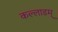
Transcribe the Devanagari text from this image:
कल्लाडम्